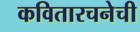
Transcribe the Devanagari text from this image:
कवितारचनेची